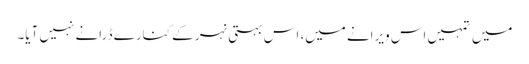
میں تمہیں اس ویرانے میں، اس بہتی نہر کے کنارے ڈرانے نہیں آیا۔